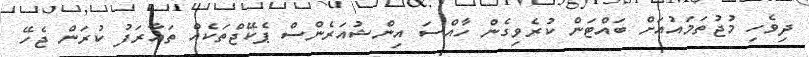
ދިވެހި މުޖުތަމައުއަށް ބައްޓަން ކުރެވިގެން ހާއްސަ އިންޝުއަރެންސް ޕެކޭޖްތަކެއް ތައާރަފު ކުރަން ޖެހޭ